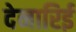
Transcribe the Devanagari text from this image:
देनारिई